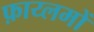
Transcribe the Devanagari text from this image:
फ़ाय्लमों